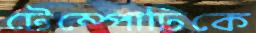
টেম্পোটিকে